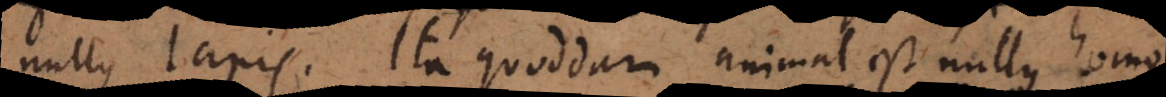
nullus lapis. Ita quoddam animal est nullus homo.